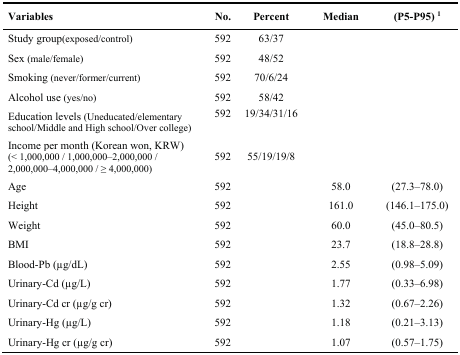
<table><thead><tr><td><b>Variables</b></td><td><b>No.</b></td><td><b>Percent</b></td><td><b>Median</b></td><td><b>(P5-P95) <sup>1</sup></b></td></tr></thead><tbody><tr><td>Study group(exposed/control)</td><td>592</td><td>63/37</td><td></td><td></td></tr><tr><td>Sex (male/female)</td><td>592</td><td>48/52</td><td></td><td></td></tr><tr><td>Smoking (never/former/current)</td><td>592</td><td>70/6/24</td><td></td><td></td></tr><tr><td>Alcohol use (yes/no)</td><td>592</td><td>58/42</td><td></td><td></td></tr><tr><td>Education levels (Uneducated/elementary school/Middle and High school/Over college)</td><td>592</td><td>19/34/31/16</td><td></td><td></td></tr><tr><td>Income per month (Korean won, KRW) (&lt; 1,000,000 / 1,000,000–2,000,000 / 2,000,000–4,000,000 / ≥ 4,000,000)</td><td>592</td><td>55/19/19/8</td><td></td><td></td></tr><tr><td>Age</td><td>592</td><td></td><td>58.0</td><td>(27.3–78.0)</td></tr><tr><td>Height</td><td>592</td><td></td><td>161.0</td><td>(146.1–175.0)</td></tr><tr><td>Weight</td><td>592</td><td></td><td>60.0</td><td>(45.0–80.5)</td></tr><tr><td>BMI</td><td>592</td><td></td><td>23.7</td><td>(18.8–28.8)</td></tr><tr><td>Blood-Pb (μg/dL)</td><td>592</td><td></td><td>2.55</td><td>(0.98–5.09)</td></tr><tr><td>Urinary-Cd (μg/L)</td><td>592</td><td></td><td>1.77</td><td>(0.33–6.98)</td></tr><tr><td>Urinary-Cd cr (μg/g cr)</td><td>592</td><td></td><td>1.32</td><td>(0.67–2.26)</td></tr><tr><td>Urinary-Hg (μg/L)</td><td>592</td><td></td><td>1.18</td><td>(0.21–3.13)</td></tr><tr><td>Urinary-Hg cr (μg/g cr)</td><td>592</td><td></td><td>1.07</td><td>(0.57–1.75)</td></tr></tbody></table>